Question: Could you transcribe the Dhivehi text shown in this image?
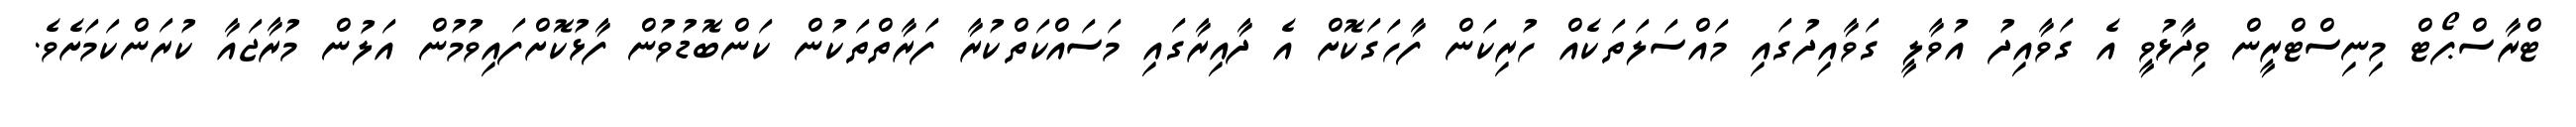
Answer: ޓްރާސްޕޯޓް މިނިސްޓްރީން ވިދާޅުވީ އެ ގަވާއިދު އުވާލީ ގަވާއިދުގައި މައްސަލަތަކެއް ހުރިކަން ފާހަގަކޮށް އެ ދާއިރާގައި މަސައްކަތްކުރާ ފަރާތްތަކުން ކަންބޮޑުވުން ފާޅުކޮށްފައިވުމުން އަލުން މުރާޖައާ ކުރަންކަމަށެވެ.